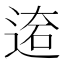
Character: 𨔙